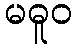
မဓူဝ